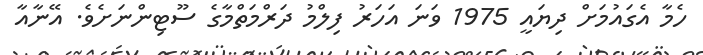
ހެމާ އެގައުމަށް ދިޔައީ 1975 ވަނަ އަހަރު ފިލްމު ދަރްމަތްމާގެ ސޫޓިންނަށެވެ. އޭނާއާ